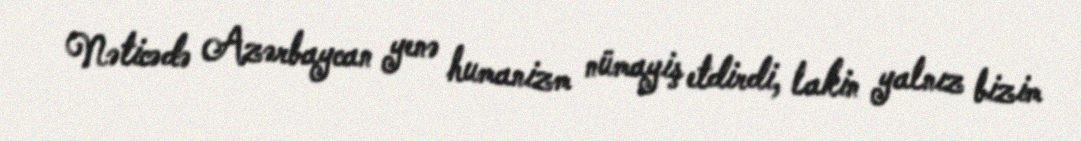
Nəticədə Azərbaycan yenə humanizm nümayiş etdirdi, lakin yalnız bizim